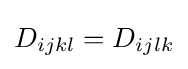
D_{ijkl}=D_{ijlk}